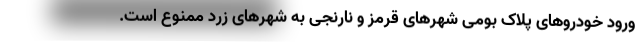
ورود خودروهای پلاک بومی شهرهای قرمز و نارنجی به شهرهای زرد ممنوع است.